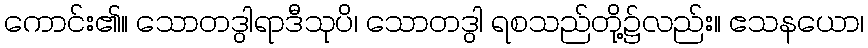
ကောင်း၏။ သောတဒွါရာဒီသုပိ၊ သောတဒွါ ရစသည်တို့၌လည်း။ ဧသနယော၊